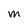
Character: M